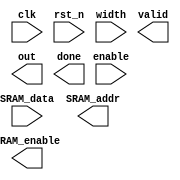
module decoder
#
(
  parameter SRAM_DATA_WIDTH = 4,
  parameter SRAM_ADDR_WIDTH = 7,
  parameter DATA_WIDTH = 8
)
(
  input clk,
  input rst_n,
  input [DATA_WIDTH-1:0] width,               // image width
  input enable,
  input [SRAM_DATA_WIDTH-1:0] SRAM_data,
  output reg SRAM_enable,
  output reg [SRAM_ADDR_WIDTH-1:0] SRAM_addr,
  output reg valid,                           // valid ASCII code
  output reg [DATA_WIDTH-1:0] out,            // decoded ASCII code
  output reg done                             // finish decoding 3-row of image
);

// read 3 rows to start to decode 
// e.g.
// access address 0, 40, 80 and store the data in buffer -> decode -> 
// access address 1, 41, 81 -> decode ... -> done
// remember to calculate where is the end of the row to output done


endmodule